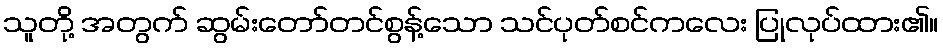
သူတို့ အတွက် ဆွမ်းတော်တင်စွန့်သော သင်ပုတ်စင်ကလေး ပြုလုပ်ထား၏။